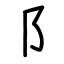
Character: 阝